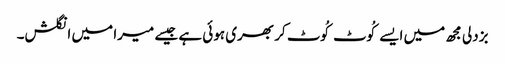
بزدلی مجھ میں ایسے کُوٹ کُوٹ کر بھری ہوئی ہے جیسے میرا میں انگلش۔